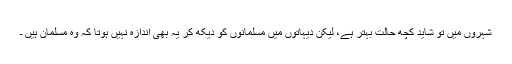
شہروں میں تو شاید کچھ حالت بہتر ہے، لیکن دیہاتوں میں مسلمانوں کو دیکھ کر یہ بھی اندازہ نہیں ہوتا کہ وہ مسلمان ہیں ۔